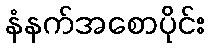
နံနက်အစောပိုင်း